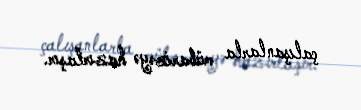
çalışanlarla mübarizəyə hazırlaşır.